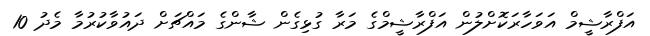
އަފްރާޝީމް އަވަހާރަކޮށްލުން އަފްރާޝީމްގެ މަރާ ގުޅިގެން ޝާންގެ މައްޗަށް ދައުވާކުރުމާ މެދު 10